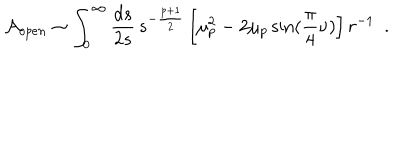
LaTeX: { \cal A } _ { o p e n } \sim \int _ { 0 } ^ { \infty } { \frac { d s } { 2 s } } \, s ^ { - { \frac { p + 1 } { 2 } } } \left[ \mu _ { p } ^ { 2 } - 2 \mu _ { p } \sin ( { \frac { \pi } { 4 } } \nu ) \right] r ^ { - 1 } ~ ~ .